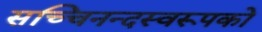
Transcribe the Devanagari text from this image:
सच्चिनन्दस्वरूपको